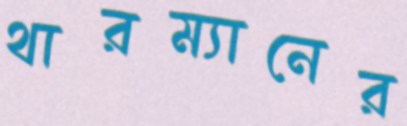
থারম্যানের